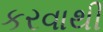
કરવાથી